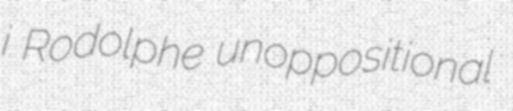
i Rodolphe unoppositional